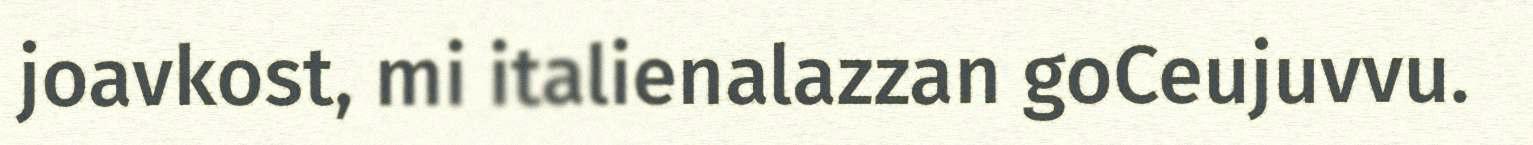
joavkost, mi italienalazzan goCeujuvvu.